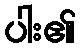
ပါး၏